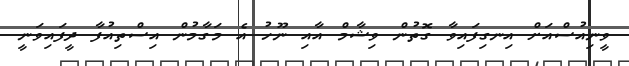
ވީނިއުސްއަށް އިނގިފައިވާ ގޮތުން ވިޝާމް އާއި ނޫހު އެ މަގާމުން އިސްތިއުފާ ދީފައިވަނީ